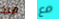
منذ مع